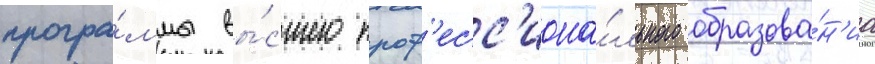
програ́ммы вы́сшего проф'есс'иона́льного образова́н'иа